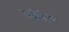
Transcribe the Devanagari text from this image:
बबेरंग